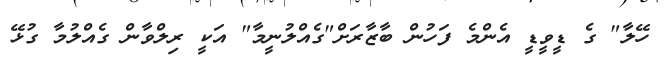
ހޭލާ" ގެ ޑީވީޑީ އެންމެ ފަހުން ބާޒާރަށް"ގެއްލުނީމާ" އަކީ ރިލްވާން ގެއްލުމާ ގުޅޭ